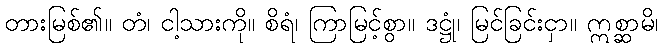
တားမြစ်၏။ တံ၊ ငါ့သားကို။ စိရံ၊ ကြာမြင့်စွာ။ ဒဋ္ဌုံ၊ မြင်ခြင်းငှာ။ ဣစ္ဆာမိ၊